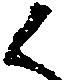
く